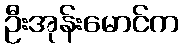
ဦးအုန်းမောင်က